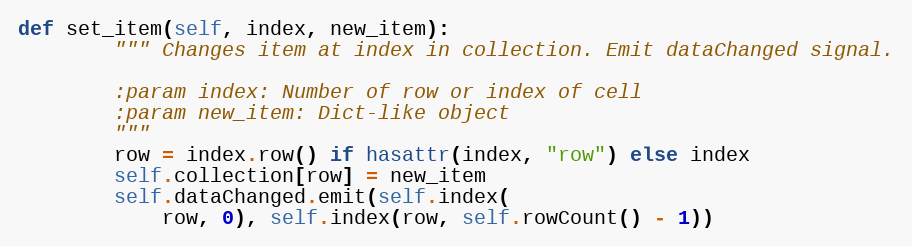
Language: Python
def set_item(self, index, new_item):
        """ Changes item at index in collection. Emit dataChanged signal.

        :param index: Number of row or index of cell
        :param new_item: Dict-like object
        """
        row = index.row() if hasattr(index, "row") else index
        self.collection[row] = new_item
        self.dataChanged.emit(self.index(
            row, 0), self.index(row, self.rowCount() - 1))